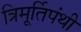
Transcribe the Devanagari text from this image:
त्रिमूर्तिपंथी